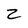
Character: Z